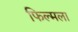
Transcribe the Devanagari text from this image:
फिल्मला